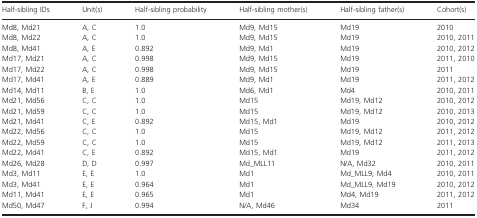
<table><thead><tr><td><b>Half‐sibling IDs</b></td><td><b>Unit(s)</b></td><td><b>Half‐sibling probability</b></td><td><b>Half‐sibling mother(s)</b></td><td><b>Half‐sibling father(s)</b></td><td><b>Cohort(s)</b></td></tr></thead><tbody><tr><td>Md8, Md21</td><td>A, C</td><td>1.0</td><td>Md9, Md15</td><td>Md19</td><td>2010</td></tr><tr><td>Md8, Md22</td><td>A, C</td><td>1.0</td><td>Md9, Md15</td><td>Md19</td><td>2010, 2011</td></tr><tr><td>Md8, Md41</td><td>A, E</td><td>0.892</td><td>Md9, Md1</td><td>Md19</td><td>2010, 2012</td></tr><tr><td>Md17, Md21</td><td>A, C</td><td>0.998</td><td>Md9, Md15</td><td>Md19</td><td>2011, 2010</td></tr><tr><td>Md17, Md22</td><td>A, C</td><td>0.998</td><td>Md9, Md15</td><td>Md19</td><td>2011</td></tr><tr><td>Md17, Md41</td><td>A, E</td><td>0.889</td><td>Md9, Md1</td><td>Md19</td><td>2011, 2012</td></tr><tr><td>Md14, Md11</td><td>B, E</td><td>1.0</td><td>Md6, Md1</td><td>Md4</td><td>2010, 2011</td></tr><tr><td>Md21, Md56</td><td>C, C</td><td>1.0</td><td>Md15</td><td>Md19, Md12</td><td>2010, 2012</td></tr><tr><td>Md21, Md59</td><td>C, C</td><td>1.0</td><td>Md15</td><td>Md19, Md12</td><td>2010, 2013</td></tr><tr><td>Md21, Md41</td><td>C, E</td><td>0.892</td><td>Md15, Md1</td><td>Md19</td><td>2010, 2012</td></tr><tr><td>Md22, Md56</td><td>C, C</td><td>1.0</td><td>Md15</td><td>Md19, Md12</td><td>2011, 2012</td></tr><tr><td>Md22, Md59</td><td>C, C</td><td>1.0</td><td>Md15</td><td>Md19, Md12</td><td>2011, 2013</td></tr><tr><td>Md22, Md41</td><td>C, E</td><td>0.892</td><td>Md15, Md1</td><td>Md19</td><td>2011, 2012</td></tr><tr><td>Md26, Md28</td><td>D, D</td><td>0.997</td><td>Md_MLL11</td><td>N/A, Md32</td><td>2010, 2011</td></tr><tr><td>Md3, Md11</td><td>E, E</td><td>1.0</td><td>Md1</td><td>Md_MLL9, Md4</td><td>2010, 2011</td></tr><tr><td>Md3, Md41</td><td>E, E</td><td>0.964</td><td>Md1</td><td>Md_MLL9, Md19</td><td>2010, 2012</td></tr><tr><td>Md11, Md41</td><td>E, E</td><td>0.965</td><td>Md1</td><td>Md4, Md19</td><td>2011, 2012</td></tr><tr><td>Md50, Md47</td><td>F, J</td><td>0.994</td><td>N/A, Md46</td><td>Md34</td><td>2011</td></tr></tbody></table>